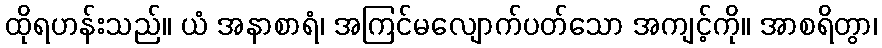
ထိုရဟန်းသည်။ ယံ အနာစာရံ၊ အကြင်မလျောက်ပတ်သော အကျင့်ကို။ အာစရိတွာ၊